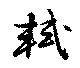
軾